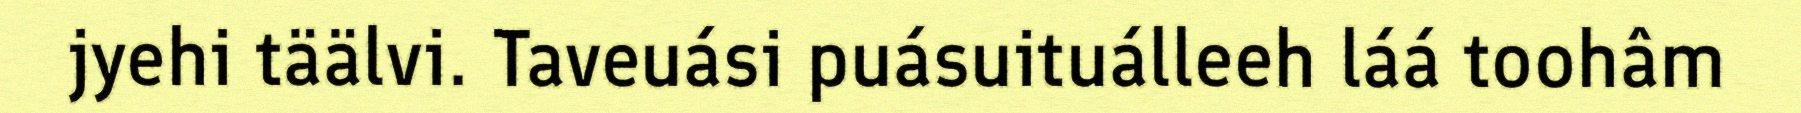
jyehi täälvi. Taveuási puásuituálleeh láá toohâm